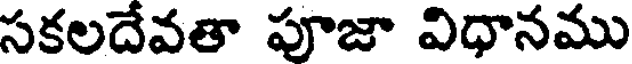
సకలదేవతా పూజా విధానము